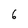
Character: 6